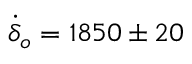
\dot { \delta } _ { o } = 1 8 5 0 \pm 2 0